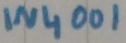
Text: IN4001